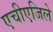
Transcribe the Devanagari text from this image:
एचीएजिले